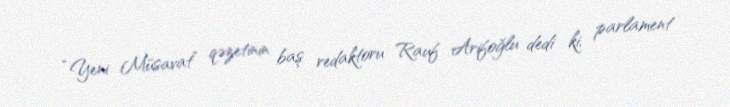
“Yeni Müsavat” qəzetinin baş redaktoru Rauf Arifoğlu dedi ki, parlament